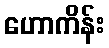
ဟောကိန်း